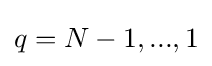
{\textstyle q=N-1,...,1}